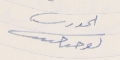
الحورى ىوحىا حىىب